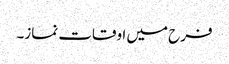
فرح میں اوقات نماز۔